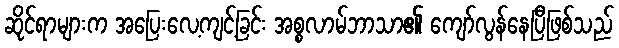
ဆိုင်ရာများက အပြေးလေ့ကျင့်ခြင်း အစ္စလာမ်ဘာသာ၏ ကျော်လွန်နေပြီဖြစ်သည်